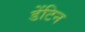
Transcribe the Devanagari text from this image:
डेंटिन